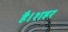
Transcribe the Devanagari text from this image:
है।शहर